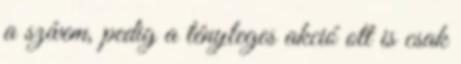
a szívem, pedig a tényleges akció ott is csak